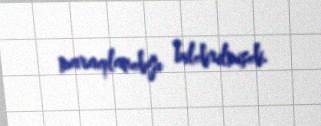
maraqlandığı bildirilmişdi.